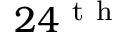
2 4 ^ { \mathrm { ~ t ~ h ~ } }